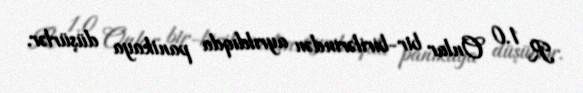
R 1.0 Onlar bir-birilərindən ayrıldıqda panikaya düşürlər.